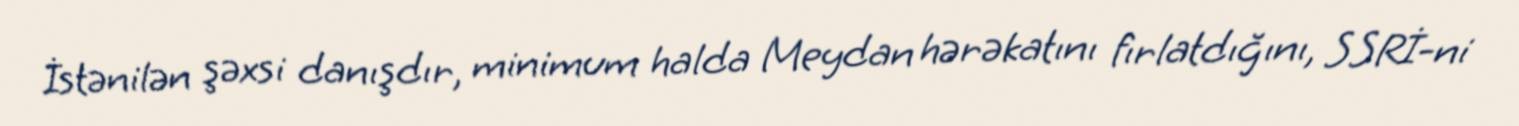
İstənilən şəxsi danışdır, minimum halda Meydan hərəkatını fırlatdığını, SSRİ-ni